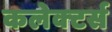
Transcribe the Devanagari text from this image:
कलेक्‍टर्स